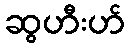
ဆွဟီးဟ်